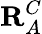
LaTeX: \mathbf{R}_{A}^{C}